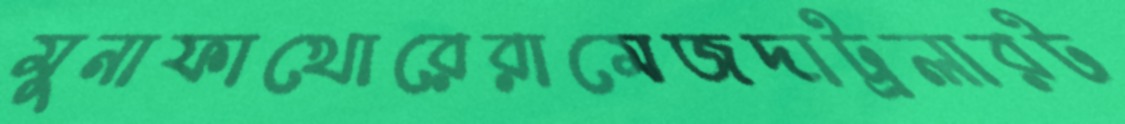
মুনাফাখোরেরামেজদাট্রলারট